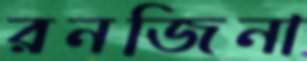
রনজিনা